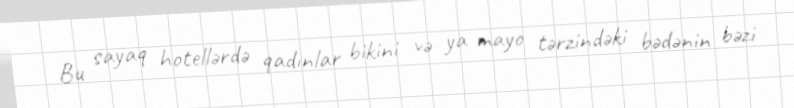
Bu sayaq hotellərdə qadınlar bikini və ya mayo tərzindəki bədənin bəzi